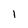
Character: 1